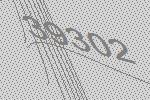
39302